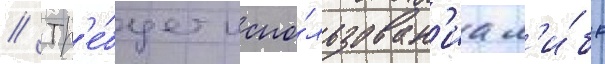
// Тр'е́бует испо́льзован'иа л'и́бо